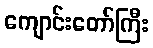
ကျောင်းတော်ကြီး